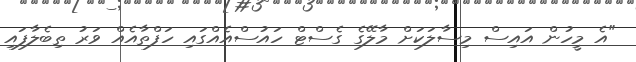
"އެ މީހުން އައިސް މިސާލަކަށް މާލޭގެ ގެސްޓް ހައުސްއެއްގައި ހަފްތާއެއް ވަރު ތިބެލާފައި